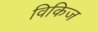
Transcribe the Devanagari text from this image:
विकिज